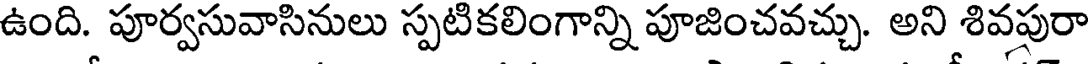
ఉంది. పూర్వసువాసినులు స్పటికలింగాన్ని పూజించవచ్చు. అని శివపురా